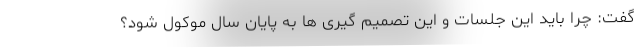
گفت: چرا باید این جلسات و این تصمیم گیری ها به پایان سال موکول شود؟